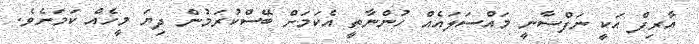
އާރިފް އަކީ ނަފްސާނީ މައްސަލައެއް ހުންނާތީ އެކަމަށް ބޭސްކުރަމުން ދިޔަ މީހެއް ކަމަށެވެ.